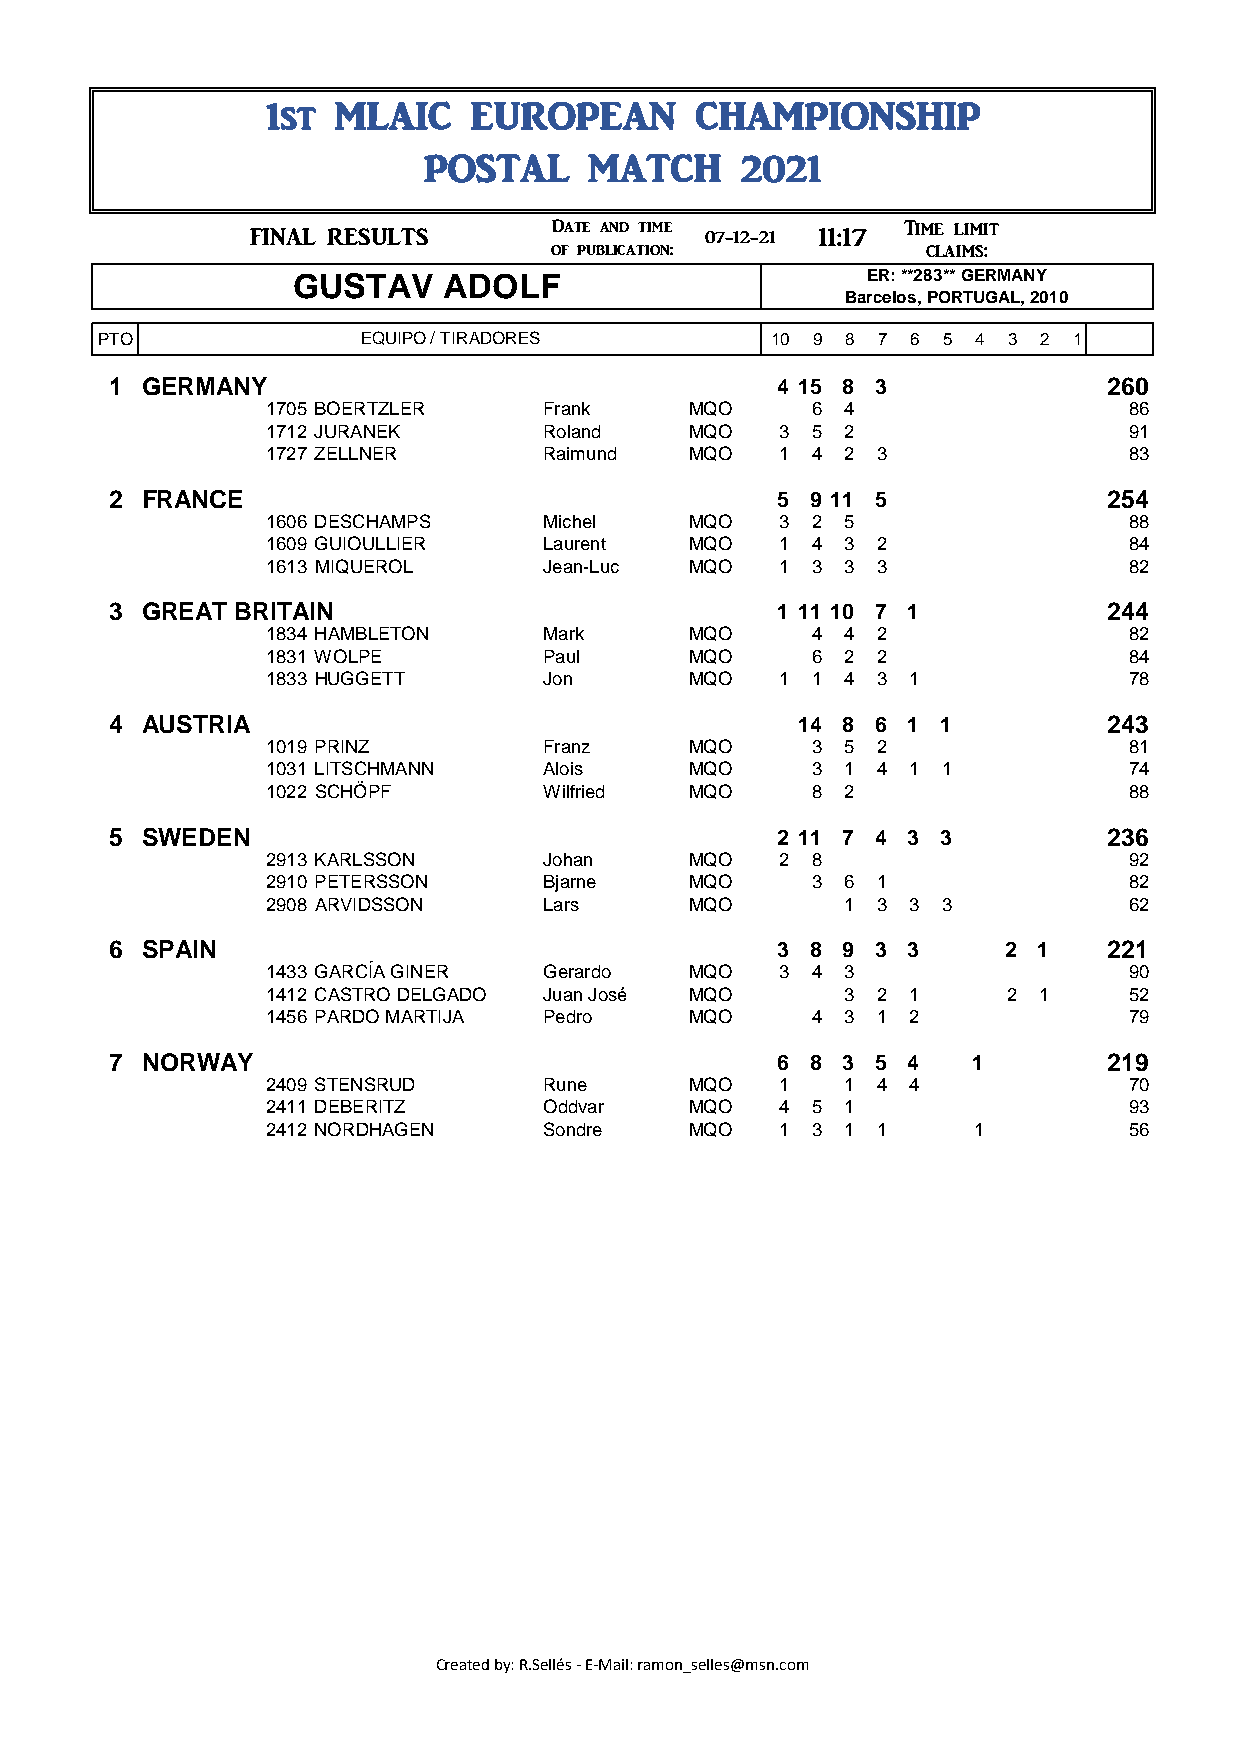
1st  MLAIC    EUROPEAN       CHAMPIONSHIP
 POSTAL     MATCH     2021
 Date and time          Time limit 12:17
 ###       FINAL RESULTS                 07-12-21 11:17
 of publication:          claims: 07-12-21
 GUSTAV    ADOLF                       ER: **283** GERMANY
 Barcelos, PORTUGAL, 2010
 PTO               EQUIPO / TIRADORES         10 9 8 7 6 5 4 3  2 1
 1 GERMANY                                   4 15 8 3              260
 1705 BOERTZLER     Frank    MQO     6  4                 86
 1712 JURANEK       Roland   MQO   3 5  2                 91
 1727 ZELLNER       Raimund  MQO   1 4  2 3               83
 2 FRANCE                                    5 9 11 5              254
 1606 DESCHAMPS     Michel   MQO   3 2  5                 88
 1609 GUIOULLIER    Laurent  MQO   1 4  3 2               84
 1613 MIQUEROL      Jean-Luc MQO   1 3  3 3               82
 3 GREAT BRITAIN                             1 11 10 7 1           244
 1834 HAMBLETON     Mark     MQO     4  4 2               82
 1831 WOLPE         Paul     MQO     6  2 2               84
 1833 HUGGETT       Jon      MQO   1 1  4 3 1             78
 4 AUSTRIA                                    14 8  6 1 1          243
 1019 PRINZ         Franz    MQO     3  5 2               81
 1031 LITSCHMANN    Alois    MQO     3  1 4 1 1           74
 1022 SCHÖPF        Wilfried MQO     8  2                 88
 5 SWEDEN                                    2 11 7 4 3 3          236
 2913 KARLSSON      Johan    MQO   2 8                    92
 2910 PETERSSON     Bjarne   MQO     3  6 1               82
 2908 ARVIDSSON     Lars     MQO        1 3 3 3           62
 6 SPAIN                                     3 8 9  3 3     2 1    221
 1433 GARCÍA GINER  Gerardo  MQO   3 4  3                 90
 1412 CASTRO DELGADO Juan José MQO      3 2 1     2 1     52
 1456 PARDO MARTIJA Pedro    MQO     4  3 1 2             79
 7 NORWAY                                    6 8 3  5 4   1        219
 2409 STENSRUD      Rune     MQO   1    1 4 4             70
 2411 DEBERITZ      Oddvar   MQO   4 5  1                 93
 2412 NORDHAGEN     Sondre   MQO   1 3  1 1     1         56
 Created by: R.Sellés - E-Mail: ramon_selles@msn.com